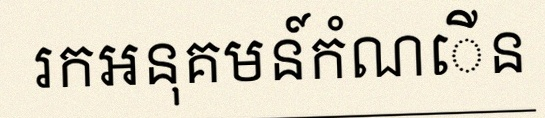
រកអនុគមន៍កំណើន